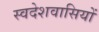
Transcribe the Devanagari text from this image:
स्वदेशवासियों